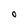
Character: O